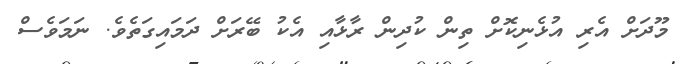
މޫދަށް އެރި އުޅެނިކޮށް ތިން ކުދިން ރާޅާއި އެކު ބޭރަށް ދަމައިގަތެވެ. ނަމަވެސް